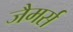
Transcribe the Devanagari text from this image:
जैमर्स